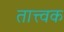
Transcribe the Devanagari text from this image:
तात्त्वक